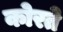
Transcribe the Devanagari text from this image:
कोरते